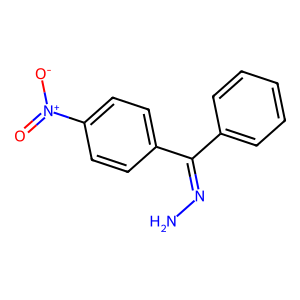
SMILES: NN=C(c1ccccc1)c1ccc([N+](=O)[O-])cc1
Inhibits HIV replication: No